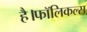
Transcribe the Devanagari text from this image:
है।फॉलिकल्स